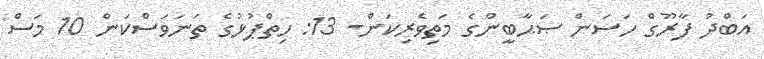
އަބްދު ފާރޫގް ހަސަން ޞަޙާބީންގެ މަތިވެރިކަން- 13: ހިތްޕުޅުގެ ތަނަވަސްކަން 10 މަސް